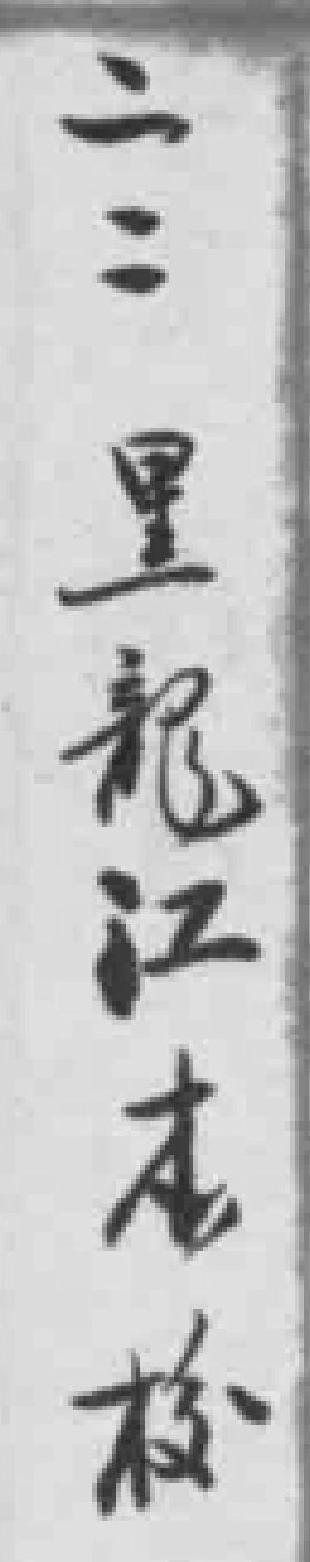
二二黑龍江本校